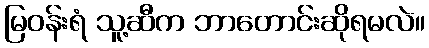
မြဝန်းရံ သူ့ဆီက ဘာတောင်းဆိုရမလဲ။